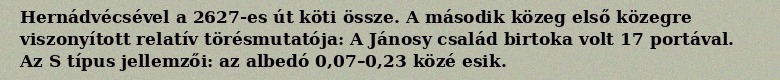
Hernádvécsével a 2627-es út köti össze. A második közeg első közegre viszonyított relatív törésmutatója: A Jánosy család birtoka volt 17 portával. Az S típus jellemzői: az albedó 0,07–0,23 közé esik.